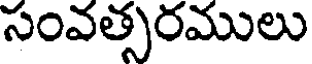
సంవత్సరములు